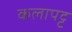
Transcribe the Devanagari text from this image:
कलापट्ट